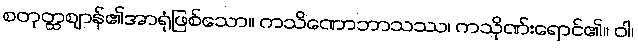
စတုတ္ထဈာန်၏အာရုံဖြစ်သော။ ကသိဏောဘာသဿ၊ ကသိုဏ်းရောင်၏။ ဝါ၊